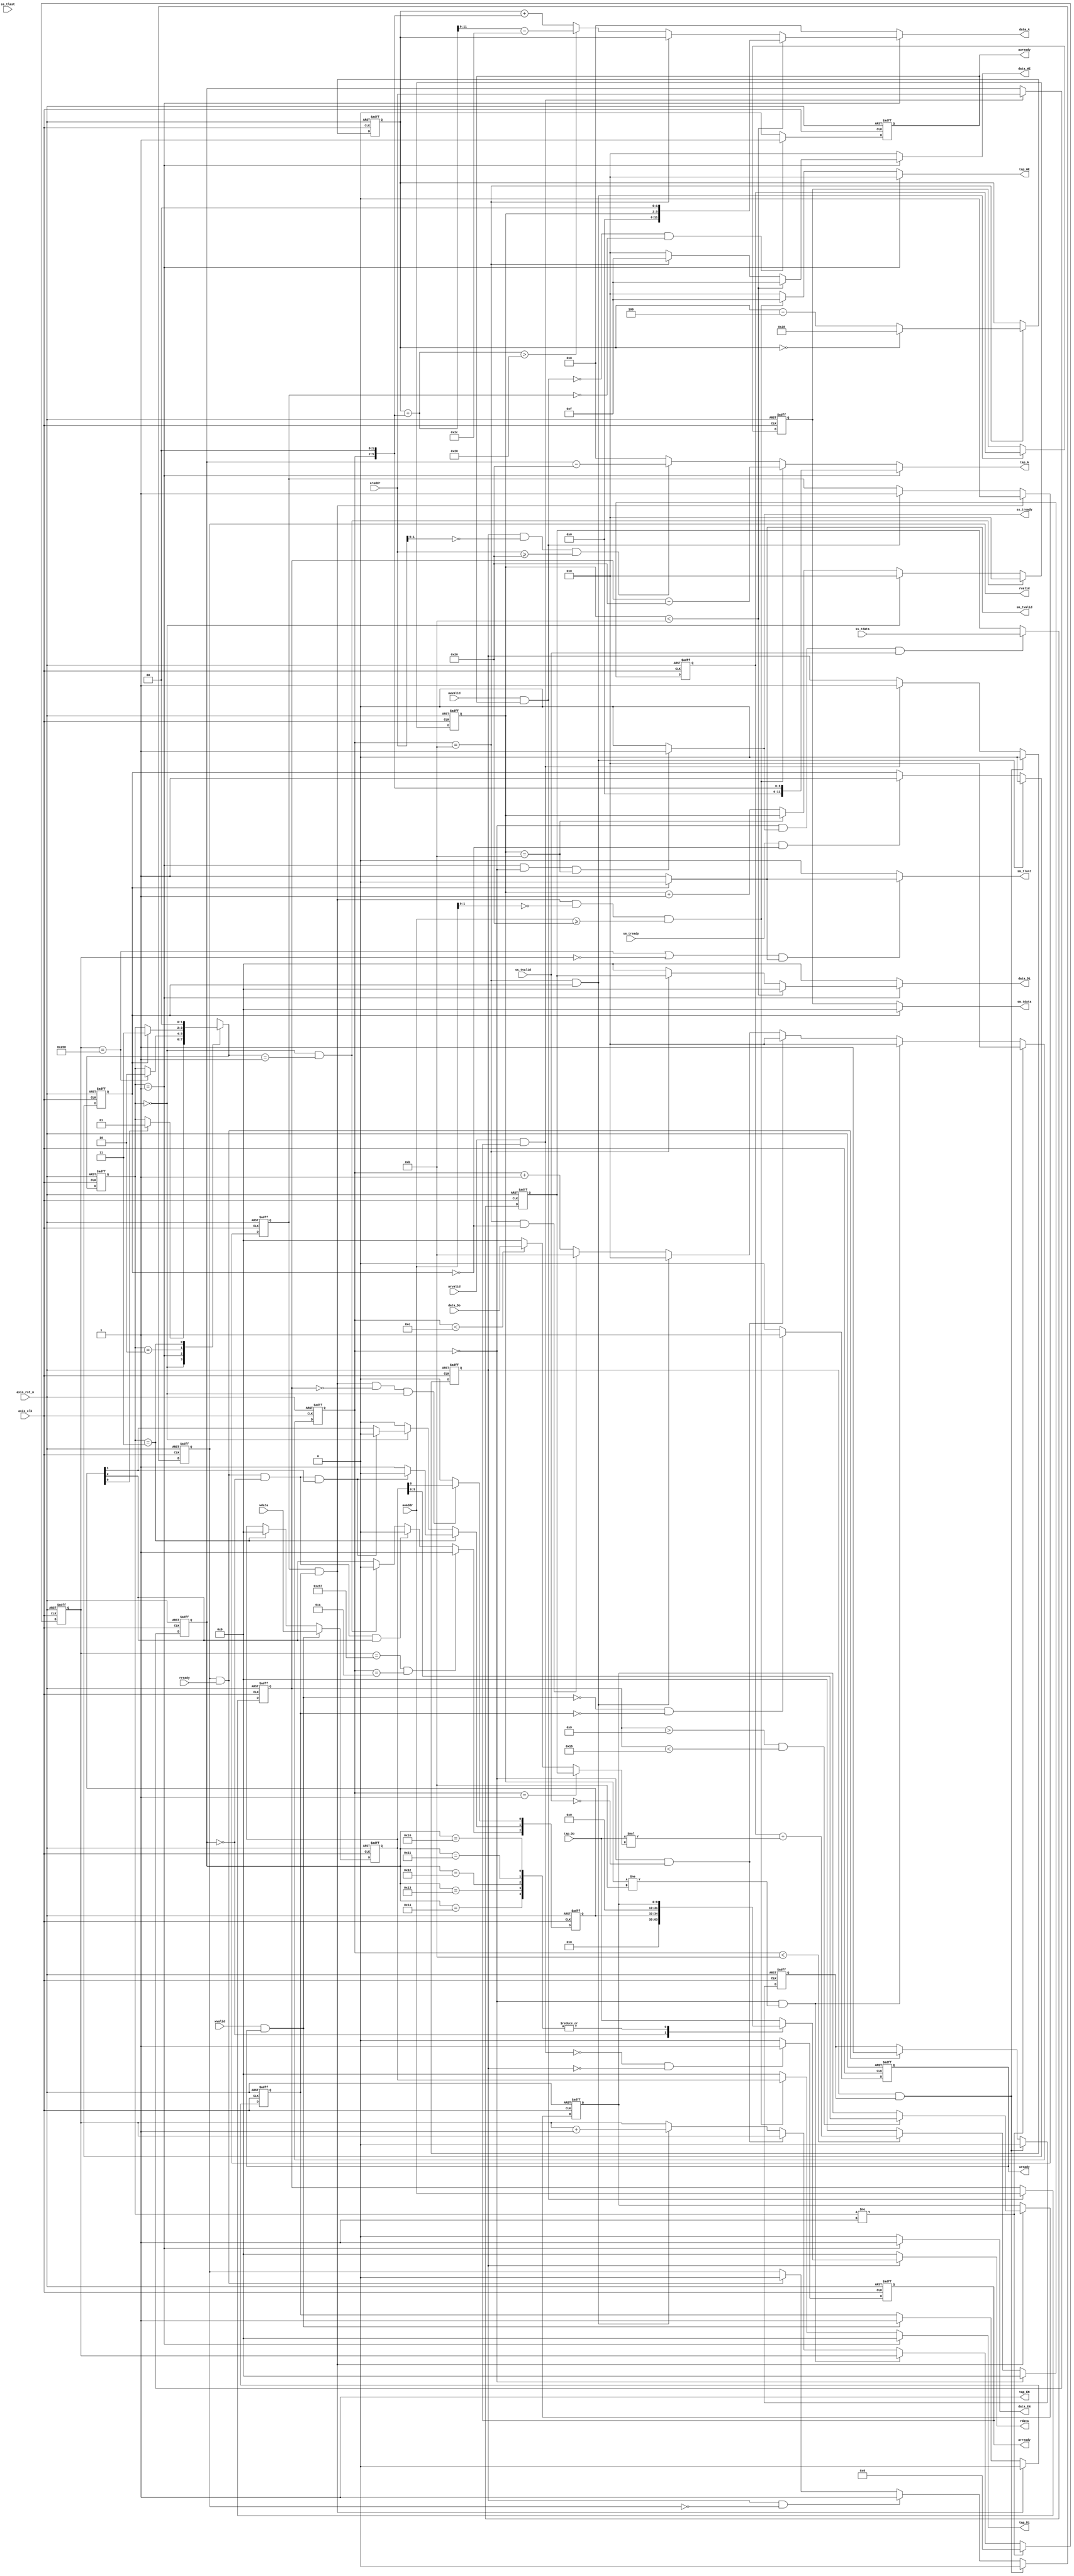
module fir 
#(  parameter pADDR_WIDTH = 12,
    parameter pDATA_WIDTH = 32,
    parameter Tape_Num    = 11
)
(
    output  wire                     awready,
    output  wire                     wready,
    input   wire                     awvalid,
    input   wire [(pADDR_WIDTH-1):0] awaddr,
    input   wire                     wvalid,
    input   wire [(pDATA_WIDTH-1):0] wdata,
    output  wire                     arready,
    input   wire                     rready,
    input   wire                     arvalid,
    input   wire [(pADDR_WIDTH-1):0] araddr,
    output  wire                     rvalid,
    output  wire [(pDATA_WIDTH-1):0] rdata,    

    input   wire                     ss_tvalid, 
    input   wire [(pDATA_WIDTH-1):0] ss_tdata, 
    input   wire                     ss_tlast, 
    output  wire                     ss_tready, 

    input   wire                     sm_tready, 
    output  wire                     sm_tvalid, 
    output  wire [(pDATA_WIDTH-1):0] sm_tdata, 
    output  wire                     sm_tlast, 
    
    // bram for tap RAM
    output  wire [3:0]               tap_WE,
    output  wire                     tap_EN,
    output  wire [(pDATA_WIDTH-1):0] tap_Di,
    output  wire [(pADDR_WIDTH-1):0] tap_A,
    input   wire [(pDATA_WIDTH-1):0] tap_Do,

    // bram for data RAM
    output  wire [3:0]               data_WE,
    output  wire                     data_EN,
    output  wire [(pDATA_WIDTH-1):0] data_Di,
    output  wire [(pADDR_WIDTH-1):0] data_A,
    input   wire [(pDATA_WIDTH-1):0] data_Do,

    input   wire                     axis_clk,
    input   wire                     axis_rst_n
);

////FSM
parameter idle = 2'd0;
parameter start = 2'd1;
parameter complete = 2'd2;
parameter done = 2'd3;

reg [1:0] state_current,state_next;
reg [3:0] cnt_cal;
reg [9:0] cnt_fir;
reg [9:0] data_length;
reg buffer_empty;

////axi_lite control
reg AW_ready,W_ready,AR_ready,R_valid;
reg AW_handshake,W_handshake,AR_handshake,R_handshake;
reg [pADDR_WIDTH-1:0] AW_addr,AR_addr;
reg [pDATA_WIDTH-1:0] W_data,R_data; 

////bram control
reg [3:0] TAP_WE_w;
reg TAP_EN_w;
reg [(pDATA_WIDTH-1):0] TAP_DI_w;
reg [(pDATA_WIDTH-1):0] TAP_ADDR_w;

reg [(pADDR_WIDTH-1):0] DATA_ADDR_w;
reg DATA_EN_w;
reg [3:0] DATA_WE_w;
reg [(pDATA_WIDTH-1):0] DATA_DI_w;
reg [pADDR_WIDTH-1:0] DATA_ADDR_read;

////fir control
reg signed [(pDATA_WIDTH-1):0] cal_out;
wire signed [(pDATA_WIDTH-1):0] data_cal;

////output buffer
reg [(pDATA_WIDTH-1):0] buffer_data; 

////axi_stream control
reg SS_ready_w;
reg SM_valid_w,SM_last_w;
reg [pDATA_WIDTH-1 : 0] SM_data_w;
reg [3:0] cnt_clear;
reg signed [(pDATA_WIDTH-1):0] SS_data;
assign ss_tready = SS_ready_w;

////register
reg [2:0] ap_coe_r,ap_coe_w;
wire ap_start = ap_coe_r[0];
wire ap_idle = ap_coe_r[1];
wire ap_done = ap_coe_r[2];

assign data_cal = (cnt_cal == 1) ? SS_data : (cnt_cal < 12) ? data_Do : 0;
assign awready = AW_ready;
assign wready = W_ready;
assign arready = AR_ready;
assign rvalid = R_valid;
assign rdata = R_data;
assign sm_tvalid = SM_valid_w;
assign sm_tdata = SM_data_w;
assign sm_tlast = SM_last_w;

////FSM
always @(posedge axis_clk or negedge axis_rst_n) begin
    if(!axis_rst_n)
        state_current <= 2'd0;
    else
        state_current <= state_next;
end

always @(*) begin
    state_next = state_current;
    case(state_current)
    idle : begin
        if(ap_start)
            state_next = start;
        end
    start : begin
        if(cnt_fir == 10'd600)
            state_next = complete;
    end
    complete : begin
        if(buffer_empty)
            state_next = done;
    end
    done : begin
        state_next = idle;
    end
    endcase
end

////axi lite
always@(posedge axis_clk or negedge axis_rst_n) begin
    if(!axis_rst_n) begin
        AW_ready <= 0;
        W_ready <= 0;
        AR_ready <= 0;
        R_valid <= 0;
        AW_handshake <= 0;
        W_handshake <= 0;
        AR_handshake <= 0;
        R_handshake <= 0;
        AW_addr <= 0;
        W_data <= 0;
        AR_addr <= 0;
    end
    else begin
        if(!(awvalid && awready) && !AW_handshake)
            AW_ready <= 1;
        else 
            AW_ready <= 0;

        if(!(wvalid && wready) && !W_handshake)
            W_ready <= 1;
        else
            W_ready <= 0;
        
        if(!(arvalid && arready) && !AR_handshake)
            AR_ready <= 1;
        else 
            AR_ready <= 0;

        if(AR_handshake && R_handshake)
            R_valid <= 0;
        else if(AR_handshake && !rvalid)
            R_valid <= 1;
        else if(rvalid && rready)
            R_valid <= 0;
        else 
            R_valid <= R_valid;

        if(AW_handshake && W_handshake)
            AW_handshake <= 0;
        else if(awvalid && awready)
            AW_handshake <= 1;
        
        if(AW_handshake && W_handshake)
            W_handshake <= 0;
        else if(wvalid && wready)
            W_handshake <= 1;
        
        if(AR_handshake && R_handshake)
            AR_handshake <= 0;
        else if(arvalid && arready)
            AR_handshake <= 1;

        if(AR_handshake && R_handshake)
            R_handshake <= 0;
        else if(rvalid && rready)
            R_handshake <= 1;

        if(awvalid && awready)
            AW_addr <= awaddr;

        if(wvalid && wready)
            W_data <= wdata;
        else if(state_current == done)
            W_data <= 0;

        if(arvalid && arready)
            AR_addr <= araddr;
    end
end

always @(*) begin
    R_data = 0;
    if(AR_handshake) begin
        case(AR_addr)
        12'h00 : begin
            R_data = {29'd0,ap_coe_r};
        end
        12'h10,
        12'h11,
        12'h12,
        12'h13,
        12'h14 : begin
            R_data = {22'd0,data_length};
        end
        default : begin
            R_data = tap_Do;
        end
        endcase
    end
end

////register
always @(posedge axis_clk or negedge axis_rst_n) begin
    if(!axis_rst_n) begin
        ap_coe_r <= 3'b100;
        data_length <= 0;
    end
    else begin
        ap_coe_r <= ap_coe_w;
        if(AW_handshake && W_handshake) begin
            if(AW_addr > 12'h9 && AW_addr < 12'h15)
                data_length <= W_data;
        end
    end
end

always @(*) begin
    ap_coe_w = ap_coe_r;
    if(AW_handshake && W_handshake && (AW_addr == 12'h0) && (state_current == idle)) begin //ap_start
        ap_coe_w[0] = W_data;
    end
    else begin
        ap_coe_w[0] = 0;
    end

    if(state_current == done) begin //ap_done
        if(rvalid && rready && AR_addr == 12'h00 && ap_coe_r[1])
            ap_coe_w[1] = 0;
        else
            ap_coe_w[1] = 1;
    end
    else if(state_current == idle) begin
        if(rvalid && rready && AR_addr == 12'h00 && ap_coe_r[1])
            ap_coe_w[1] = 0;
        else
            ap_coe_w[1] = ap_coe_r[1];
    end
    else 
        ap_coe_w[1] = 0;

    if(cnt_fir == 599 && cnt_cal == 10) //ap_idle
        ap_coe_w[2] = 1;
    else if(rvalid && rready && AR_addr == 12'h00 && ap_coe_r[2])
        ap_coe_w[2] = 0;
    else if(state_current == idle && state_next == start)
        ap_coe_w[2] = 0;
     
end

////bram
assign tap_WE = TAP_WE_w;
assign tap_EN = TAP_EN_w;
assign tap_Di = TAP_DI_w;
assign tap_A = TAP_ADDR_w;
// assign tap_Do = TAP_DO_w;
assign data_Di = DATA_DI_w;
assign data_A = DATA_ADDR_w;
assign data_WE = DATA_WE_w;
assign data_EN = DATA_EN_w;

reg [pADDR_WIDTH-1:0] DATA_ADDR_WP,DATA_ADDR_RP;

always @(posedge axis_clk or negedge axis_rst_n) begin
    if(!axis_rst_n) begin
        DATA_ADDR_WP <= 12'd40;
    end
    else if(cnt_cal == 5'd11) begin
        if(DATA_ADDR_WP == 12'd0) begin
            DATA_ADDR_WP <= 40;
        end
        else begin
            DATA_ADDR_WP <= DATA_ADDR_WP - 4;
        end
    end
end

always @(*) begin
    if(DATA_ADDR_WP + ( (cnt_cal) << 2) > 40)
        DATA_ADDR_read = DATA_ADDR_WP + ( (cnt_cal ) << 2) - 44;
    else
        DATA_ADDR_read = DATA_ADDR_WP + ( (cnt_cal ) << 2);
end

always @(*) begin
    TAP_WE_w = 0;
    TAP_EN_w = 0;
    TAP_ADDR_w = 0;
    TAP_DI_w = 0;
    DATA_WE_w = 0;
    DATA_EN_w = 0;
    DATA_DI_w = 0;
    DATA_ADDR_w = 0;

    if(state_current == start) begin
        TAP_ADDR_w = cnt_cal << 2;
        TAP_EN_w = 1;

        if(cnt_clear < 4'd11) begin
            DATA_ADDR_w = cnt_clear << 2 ;
            DATA_DI_w = 0;
            DATA_WE_w = 4'b1111;
            DATA_EN_w = 1;
        end
        else if(cnt_cal == 5'd11) begin
            DATA_ADDR_w = DATA_ADDR_WP;
            DATA_DI_w = SS_data;
            DATA_WE_w = 4'b1111;
            DATA_EN_w = 1;
        end
        else begin
            DATA_ADDR_w = DATA_ADDR_read;
            DATA_EN_w = 1;
        end
    end
    else begin
        TAP_EN_w = 1;
        if(AW_handshake && W_handshake && awaddr[1:0] == 2'd0 && awaddr >= 12'h20) begin ///coe write
            TAP_WE_w = 4'b1111;
            TAP_ADDR_w = AW_addr - 12'h20;
            TAP_DI_w = W_data;
        end
        else if(AR_handshake && araddr[1:0] == 2'd0 && araddr >= 12'h20) begin
            TAP_ADDR_w = AR_addr - 12'h20;
        end
    end
end
    
////fir
always @(posedge axis_clk or negedge axis_rst_n) begin
    if(!axis_rst_n) begin
        cal_out <= 0;
    end
    else if(cnt_cal == 0) begin
        cal_out <= 0;
    end
    else if(cnt_cal < 11) begin
        cal_out <= cal_out + tap_Do * data_cal;
    end
    else 
        cal_out <= 0;
end

////axi stream
always @(*) begin
    SS_ready_w = 0;
    SM_valid_w = 0;
    SM_data_w = 0;
    SM_last_w = 0;
    
    if(state_current == start && cnt_cal == 5'd0 && cnt_clear == 4'd11) begin
        SS_ready_w = 1;
    end

    if(!buffer_empty)
        SM_valid_w = 1;

    if(!buffer_empty)
        SM_data_w = buffer_data;

    // if(cnt_fir == 600 && sm_tvalid)
    //     SM_last_w = 1;
    if((cnt_fir == 600 || cnt_fir == 0) && sm_tvalid)
        SM_last_w = sm_tvalid;
end

always @(posedge axis_clk or negedge axis_rst_n) begin
    if(!axis_rst_n) begin
        SS_data <= 0;
    end
    else if(cnt_cal == 0 && ss_tready && ss_tvalid) begin
        SS_data <= ss_tdata;
    end
end

////counter
always @(posedge axis_clk or negedge axis_rst_n) begin
    if(!axis_rst_n) begin
        cnt_cal <= 0;
        cnt_fir <= 0;
    end
    else if(state_current != start) begin
        cnt_cal <= 0;
        cnt_fir <= 0;
    end
    else if(cnt_cal == 0 && cnt_clear != 4'd11) begin
        cnt_cal <= 0;
    end
    else if(cnt_cal == 0 && !ss_tvalid ) begin
        cnt_cal <= 0;
    end
    else if(cnt_cal == 5'd11 && buffer_empty) begin
        cnt_cal <= 0;
        cnt_fir <= cnt_fir + 1;
    end
    else if(cnt_cal == 5'd11 && !buffer_empty) begin
        cnt_cal <= 5'd11;
    end
    else begin
        cnt_cal <= cnt_cal + 1;
    end
end


always @(posedge axis_clk or negedge axis_rst_n) begin
    if(!axis_rst_n) begin
        cnt_clear <= 0;
    end
    else if(state_current == idle && state_next == start) begin
        cnt_clear <= 0;
    end
    else if(state_current == idle) begin
        cnt_clear <= 0;
    end
    else if(cnt_clear == 4'd11) begin
        cnt_clear <= cnt_clear;
    end
    else begin
        cnt_clear <= cnt_clear + 1;
    end
end

////output buffer
always @(posedge axis_clk or negedge axis_rst_n) begin
    if(!axis_rst_n) begin
        buffer_data <= 0;
        buffer_empty <= 1;
    end
    else begin
        if(cnt_cal == 11 && buffer_empty) begin
            buffer_data <= cal_out;
            buffer_empty <= 0;
        end
        else if(sm_tready && !buffer_empty) begin //withdraw
            buffer_empty <= 1;
        end
    end
end

endmodule